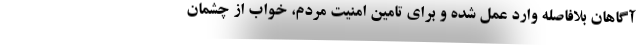
آگاهان بلافاصله وارد عمل شده و برای تامین امنیت مردم، خواب از چشمان